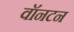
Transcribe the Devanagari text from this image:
वॉनटन